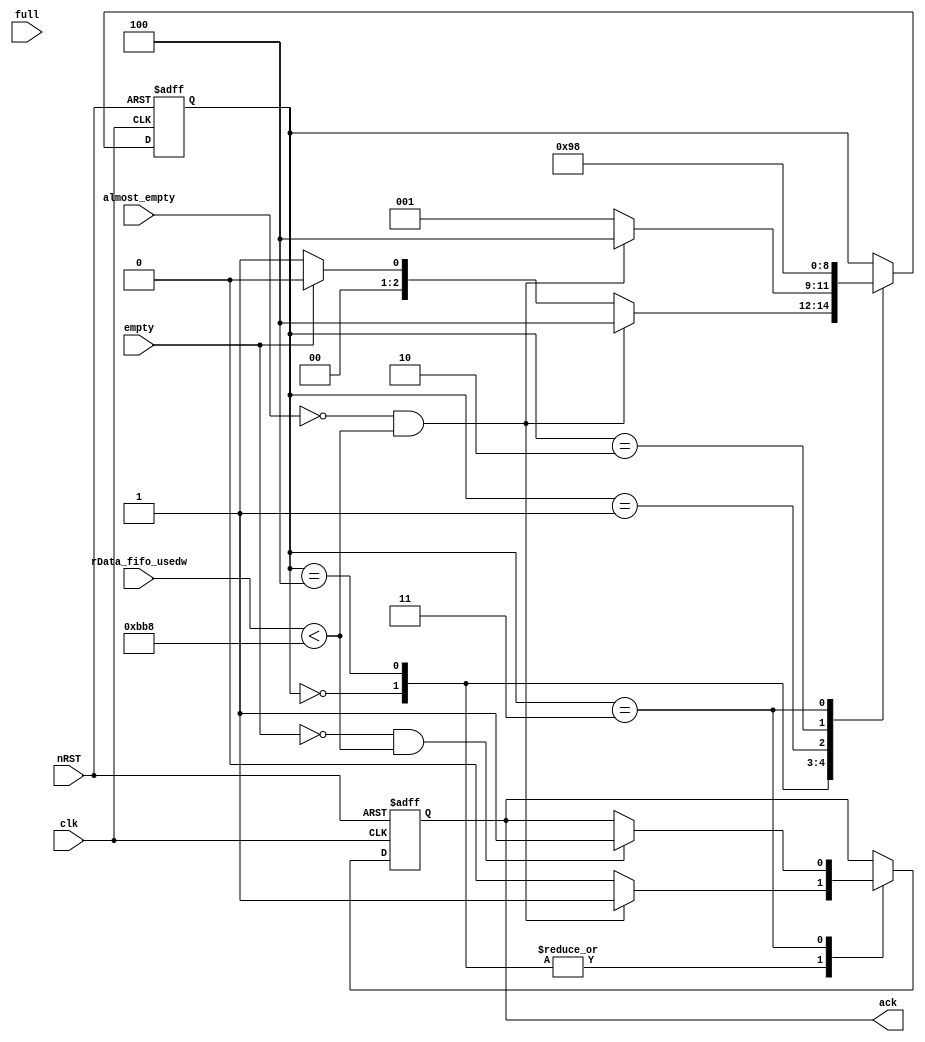
module IDE_rDATA_FIFO_CTL(
	input clk,
	input nRST,
	input empty,
	input almost_empty,
	input [12:0] rData_fifo_usedw,
	input full,
	output reg ack
	);
		
reg [2:0] state;
parameter idle=3'd0,step_2=3'd1,step_3=3'd2,step_4=3'd3,high_speed_mode=3'd4;
always @(posedge clk or negedge nRST)
if(!nRST)
begin
	ack<=0;
	state<=idle;
end
else
	case(state)
	idle:
	begin
		if(almost_empty==1'h0 && rData_fifo_usedw<13'd3000)
		begin
			ack<=1;
			state<=high_speed_mode;
		end
		else
		begin
			ack<=0;
			if(empty ==1'h0)
			begin
				state<=step_2;
			end
			else
				state<=idle;
		end
	end
	high_speed_mode:
	begin
		if(almost_empty==1'h0 && rData_fifo_usedw<13'd3000)
		begin
			ack<=1;
			state<=high_speed_mode;
		end
		else
		begin
			ack<=0;
			state<=step_2;
		end
	end
	step_2:
	begin
		state<=step_3;
	end
	step_3:
	begin
		state<=step_4;
	end
	step_4:
	begin
		state<=idle;
		if((empty ==1'h0) && (rData_fifo_usedw<13'd3000))
		begin
			ack<=1;
		end
	end
	endcase
	
endmodule